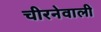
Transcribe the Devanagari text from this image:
चीरनेवाली